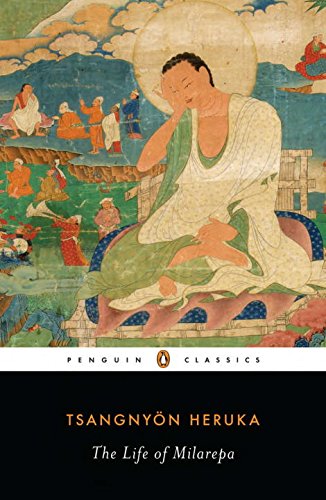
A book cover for The Life of Milarepa (Penguin Classics); Tsangnyon Heruka; Religion & Spirituality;